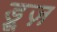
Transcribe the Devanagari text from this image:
ड्रूज़